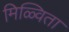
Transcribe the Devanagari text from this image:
मिळ्विता